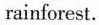
rainforest.